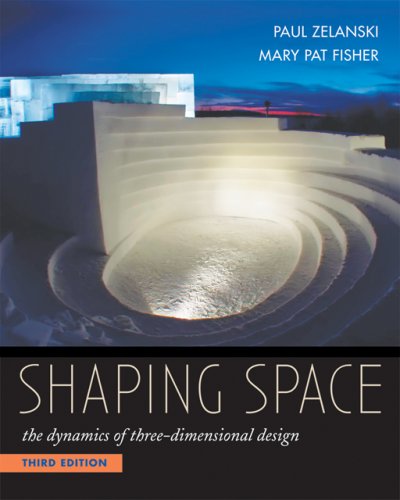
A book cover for Shaping Space: The Dynamics of Three-Dimensional Design; Paul Zelanski; Arts & Photography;